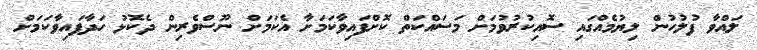
ލައްވާ ފުލުހުން ލިޔުމެއްގައި ސޮއިކުރުވުމަށް މަސައްކަތް ކޮށްފައިވާކަަމަށާ އެކަމަށް ނޫސްވެރިން ދެކޮޅު ހަދާފައިވާކަމަށް